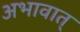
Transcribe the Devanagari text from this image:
अभावात्